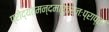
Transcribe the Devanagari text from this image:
प्रोद्यतमन्दमारुतरजःप्राप्ता